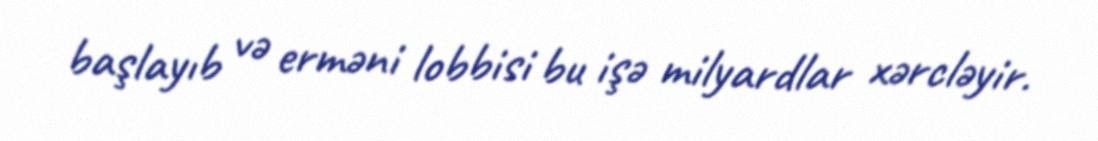
başlayıb və erməni lobbisi bu işə milyardlar xərcləyir.